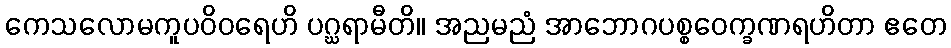
ကေသလောမကူပဝိဝရေဟိ ပဂ္ဃရာမီတိ။ အညမညံ အာဘောဂပစ္စဝေက္ခဏရဟိတာ ဧတေ